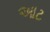
આટ